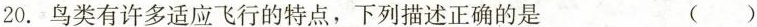
20.鸟类有许多适应飞行的特点，下列描述正确的是 ()